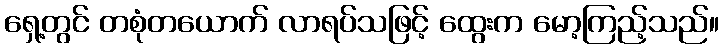
ရှေ့တွင် တစုံတယောက် လာရပ်သဖြင့် ထွေးက မော့ကြည့်သည်။